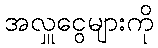
အလှူငွေများကို